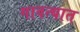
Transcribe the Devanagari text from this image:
गावत्यात